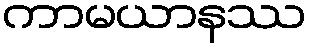
ကာမယာနဿ